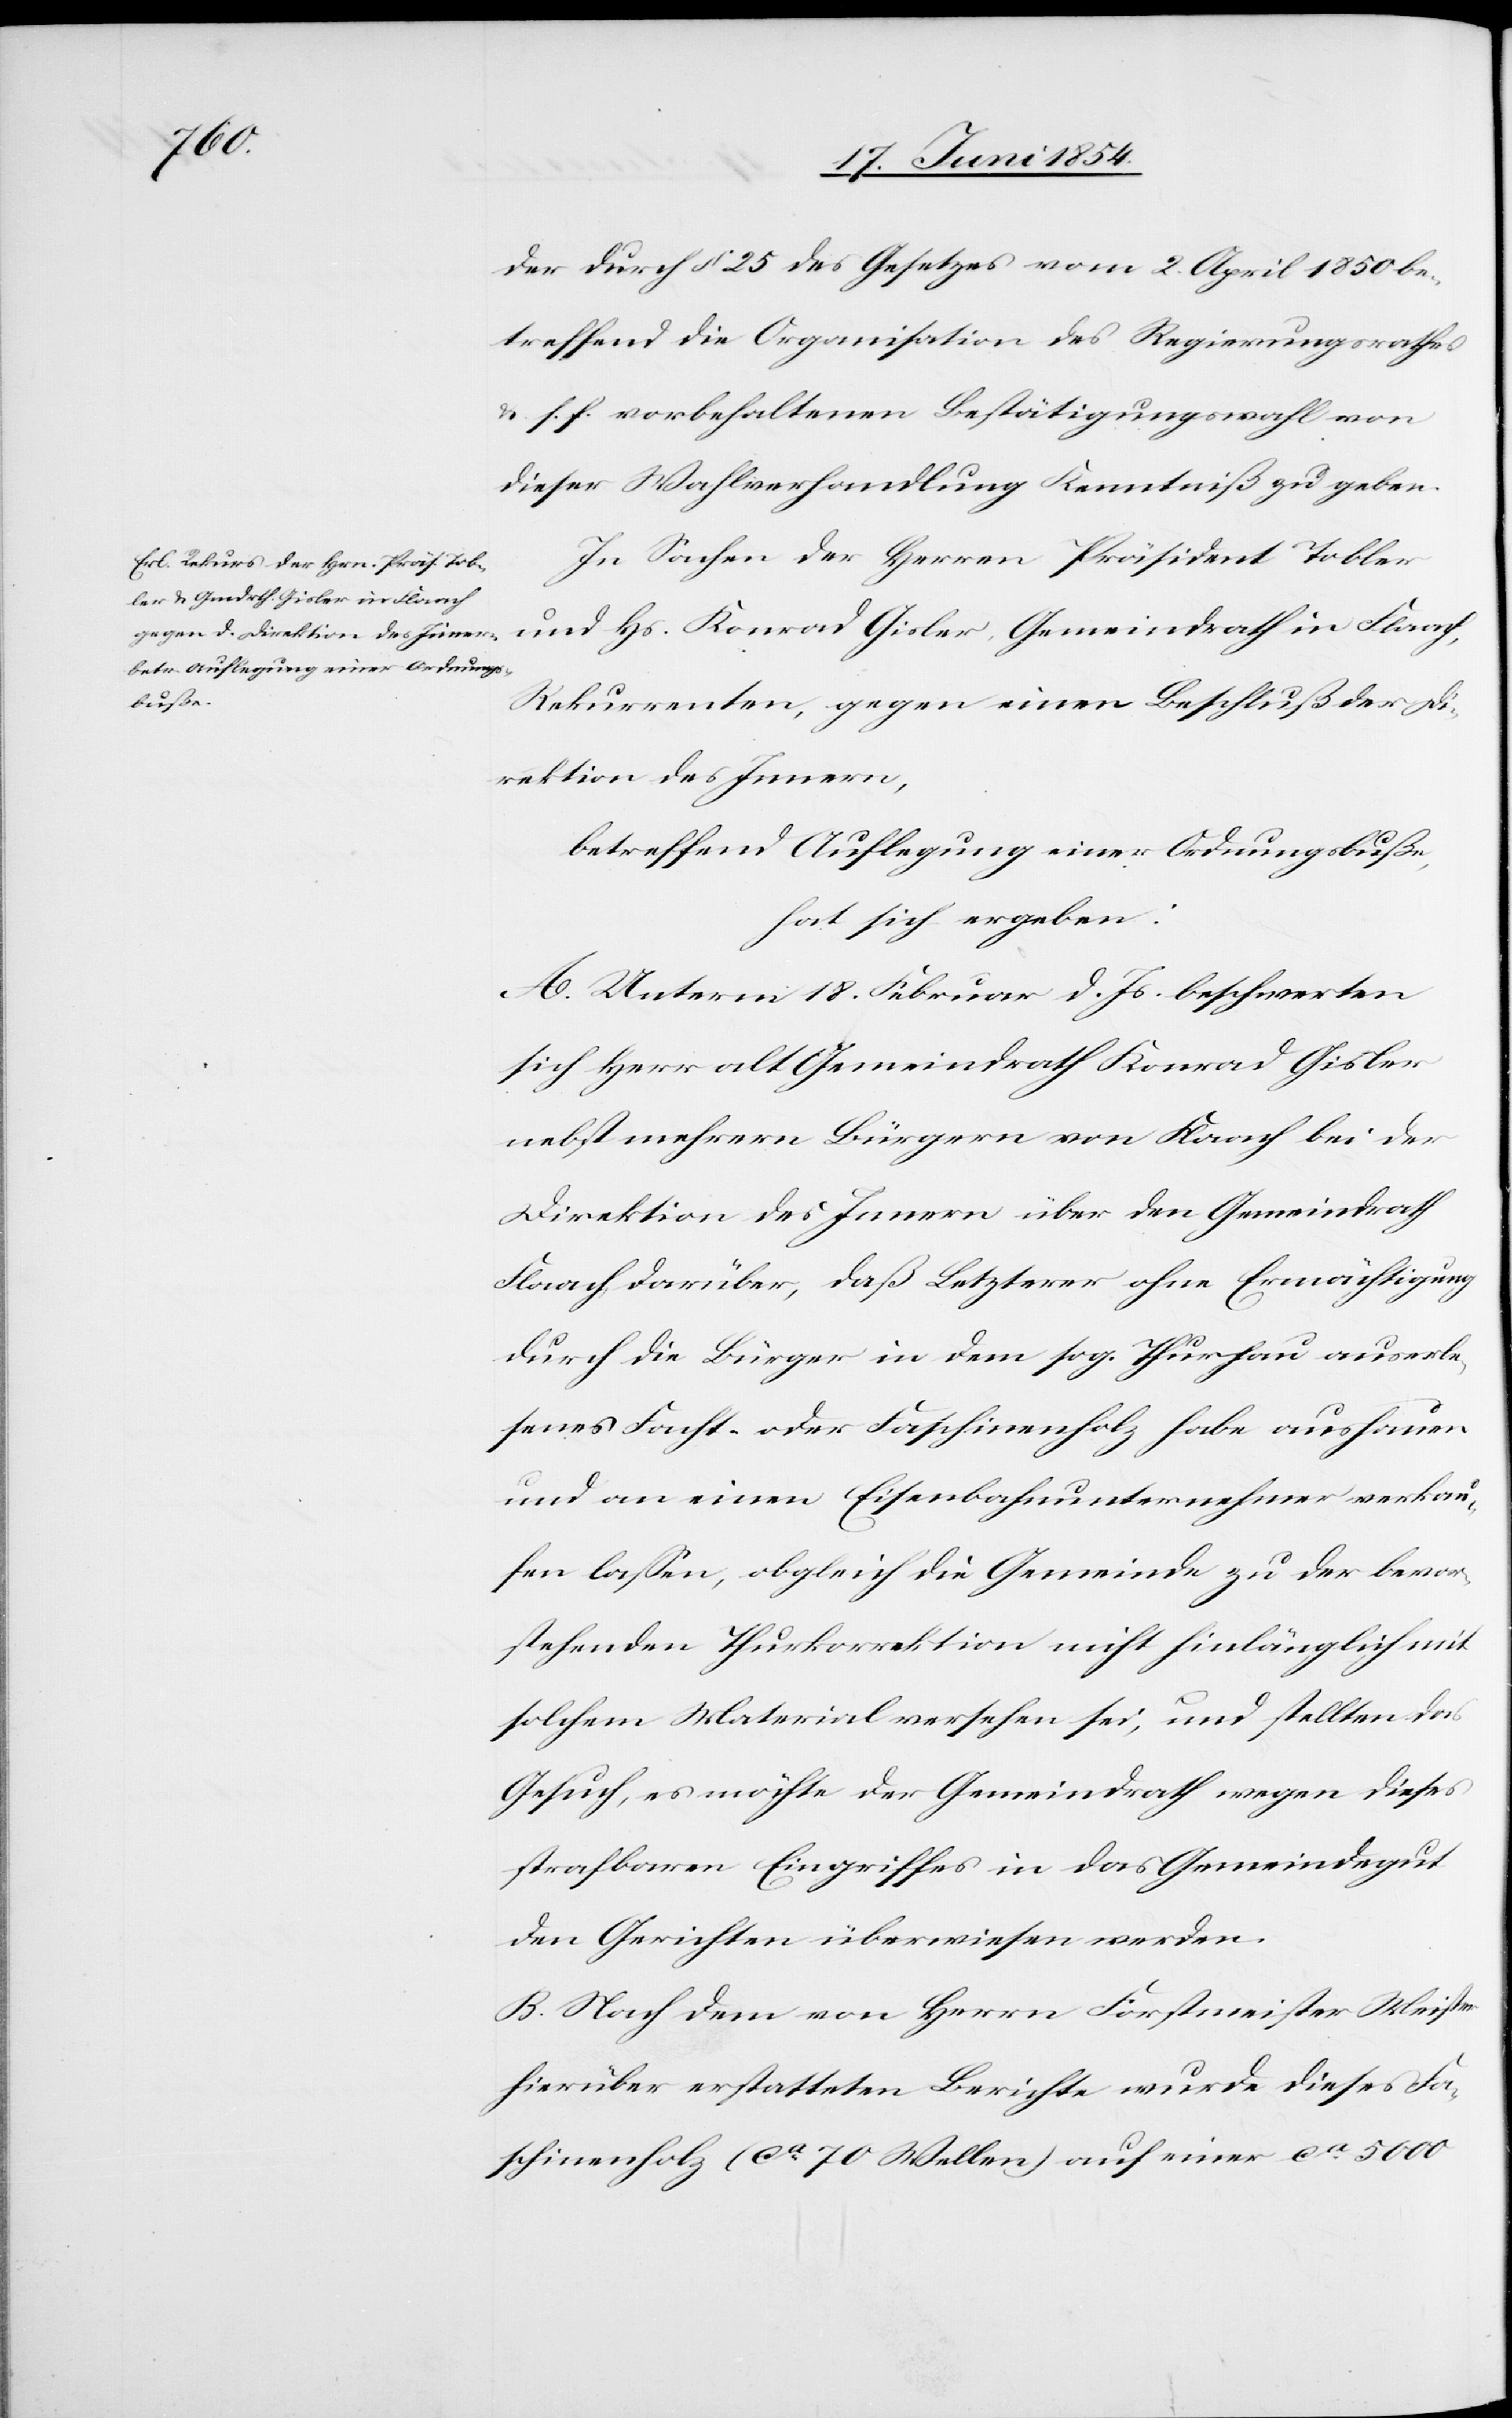
der durch § 25 des Gesetzes vom 2. April 1850 be¬
treffend die Organisation des Regierungsrathes
u. s. f. vorbehaltenen Bestätigungswahl von
dieser Wahlverhandlung Kenntniß zu geben.
In Sachen der Herren Präsident Tobler
und Hs. Konrad Gisler, Gemeindrath in Flaach,
Rekurrenten, gegen einen Beschluß der Di¬
rektion des Innern,
betreffend Auflegung einer Ordnungsbuße,
hat sich ergeben:
A. Unterm 18. Februar d. Js. beschwerten
sich Herr alt Gemeindrath Konrad Gisler
nebst mehrern Bürgern von Flaach bi der
Direktion des Innern über den Gemeindrath
Flaach darüber, daß Letzterer ohne Ermächtigung
durch die Bürger in dem sog. Thurhau auserle¬
senes Facht- oder Faschinenholz habe aushauen
und an einen Eisenbahnunternehmer verkau¬
fen laßen, obgleich die Gemeinde zu der bevor¬
stehenden Thurkorrektion nicht hinlänglich mit
solchem Material versehen sei, und stellten das
Gesuch, es möchte der Gemeindrath wegen dieses
strafbaren Eingriffes in das Gemeindegut
den Gerichten überwiesen werden.
B. Nach dem von Herrn Forstmeister Meister
hierüber erstatteten Berichte wurde dieses Fa¬
schinenholz (ca 70 Wellen) auf einer ca 5000